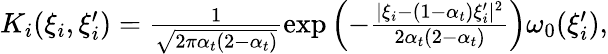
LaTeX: \begin{array}{r}{K_{i}(\xi_{i},\xi_{i}^{\prime})=\frac{1}{\sqrt{2\pi\alpha_{t}(2-\alpha_{t})}}\exp\left(-\frac{|\xi_{i}-(1-\alpha_{t})\xi_{i}^{\prime}|^{2}}{2\alpha_{t}(2-\alpha_{t})}\right)\omega_{0}(\xi_{i}^{\prime}),}\end{array}